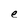
Character: e